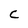
Character: C